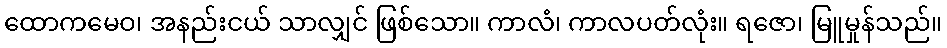
ထောကမေဝ၊ အနည်းငယ် သာလျှင် ဖြစ်သော။ ကာလံ၊ ကာလပတ်လုံး။ ရဇော၊ မြူမှုန်သည်။